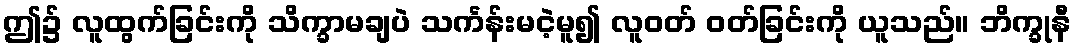
ဤ၌ လူထွက်ခြင်းကို သိက္ခာမချပဲ သင်္ကန်းမငဲ့မူ၍ လူဝတ် ဝတ်ခြင်းကို ယူသည်။ ဘိက္ခုနီ